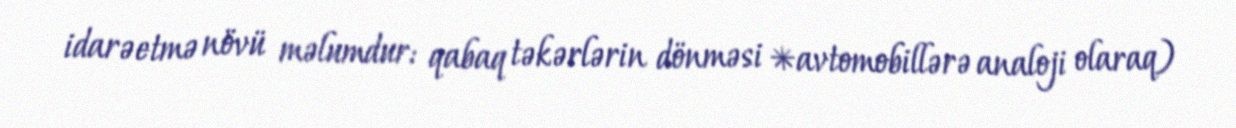
idarəetmə növü məlumdur: qabaq təkərlərin dönməsi *avtomobillərə analoji olaraq)